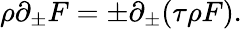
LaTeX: \rho\partial_{\pm}F=\pm\partial_{\pm}(\tau\rho F).